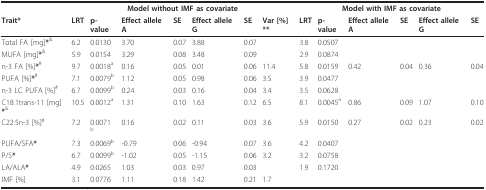
<table><thead><tr><td></td><td colspan="7"><b>Model without IMF as covariate</b></td><td colspan="6"><b>Model with IMF as covariate</b></td></tr><tr><td><b>Trait*</b></td><td><b>LRT</b></td><td><b>p-value</b></td><td><b>Effect allele A</b></td><td><b>SE</b></td><td><b>Effect allele G</b></td><td><b>SE</b></td><td><b>Var [%]**</b></td><td><b>LRT</b></td><td><b>p-value</b></td><td><b>Effect allele A</b></td><td><b>SE</b></td><td><b>Effect allele G</b></td><td><b>SE</b></td></tr></thead><tbody><tr><td>Total FA [mg]<b>*</b><sup>&amp;</sup></td><td>6.2</td><td>0.0130</td><td>3.70</td><td>0.07</td><td>3.88</td><td>0.07</td><td></td><td>3.8</td><td>0.0507</td><td></td><td></td><td></td><td></td></tr><tr><td>MUFA [mg]<b>*</b><sup>&amp;</sup></td><td>5.9</td><td>0.0154</td><td>3.29</td><td>0.08</td><td>3.48</td><td>0.09</td><td></td><td>2.9</td><td>0.0874</td><td></td><td></td><td></td><td></td></tr><tr><td>n-3 FA [%]<b>*</b><sup>#</sup></td><td>9.7</td><td>0.0018<sup>a</sup></td><td>0.16</td><td>0.05</td><td>0.01</td><td>0.06</td><td>11.4</td><td>5.8</td><td>0.0159</td><td>0.42</td><td>0.04</td><td>0.36</td><td>0.04</td></tr><tr><td>PUFA [%]<b>*</b><sup>#</sup></td><td>7.1</td><td>0.0079<sup>b</sup></td><td>1.12</td><td>0.05</td><td>0.98</td><td>0.06</td><td>3.5</td><td>3.9</td><td>0.0477</td><td></td><td></td><td></td><td></td></tr><tr><td>n-3 LC PUFA [%]<sup>#</sup></td><td>6.7</td><td>0.0099<sup>b</sup></td><td>0.24</td><td>0.03</td><td>0.16</td><td>0.04</td><td>3.4</td><td>3.5</td><td>0.0628</td><td></td><td></td><td></td><td></td></tr><tr><td>C18:1trans-11 [mg]<b>*</b><sup>&amp;</sup></td><td>10.5</td><td>0.0012<sup>a</sup></td><td>1.31</td><td>0.10</td><td>1.63</td><td>0.12</td><td>6.5</td><td>8.1</td><td>0.0045<sup>a</sup></td><td>0.86</td><td>0.09</td><td>1.07</td><td>0.10</td></tr><tr><td>C22:5n-3 [%]<sup>#</sup></td><td>7.2</td><td>0.0071 <sup>b</sup></td><td>0.16</td><td>0.02</td><td>0.11</td><td>0.03</td><td>3.6</td><td>5.9</td><td>0.0150</td><td>0.27</td><td>0.02</td><td>0.23</td><td>0.02</td></tr><tr><td>PUFA/SFA<b>*</b></td><td>7.3</td><td>0.0069<sup>b</sup></td><td>-0.79</td><td>0.06</td><td>-0.94</td><td>0.07</td><td>3.6</td><td>4.2</td><td>0.0407</td><td></td><td></td><td></td><td></td></tr><tr><td>P/S<b>*</b></td><td>6.7</td><td>0.0099<sup>b</sup></td><td>-1.02</td><td>0.05</td><td>-1.15</td><td>0.06</td><td>3.2</td><td>3.2</td><td>0.0758</td><td></td><td></td><td></td><td></td></tr><tr><td>LA/ALA<b>*</b></td><td>4.9</td><td>0.0265</td><td>1.03</td><td>0.03</td><td>0.97</td><td>0.03</td><td></td><td>1.9</td><td>0.1720</td><td></td><td></td><td></td><td></td></tr><tr><td>IMF [%]</td><td>3.1</td><td>0.0776</td><td>1.11</td><td>0.18</td><td>1.42</td><td>0.21</td><td>1.7</td><td></td><td></td><td></td><td></td><td></td><td></td></tr></tbody></table>